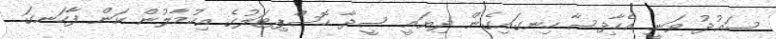
ސައުދު ވަނީ އެހާދިސާ ހިނގައިގެން ދިޔައީ ސީދާ ހޮސްޕިޓަލުގެ އިހުމާލުން ކަން ފާހަނގަ